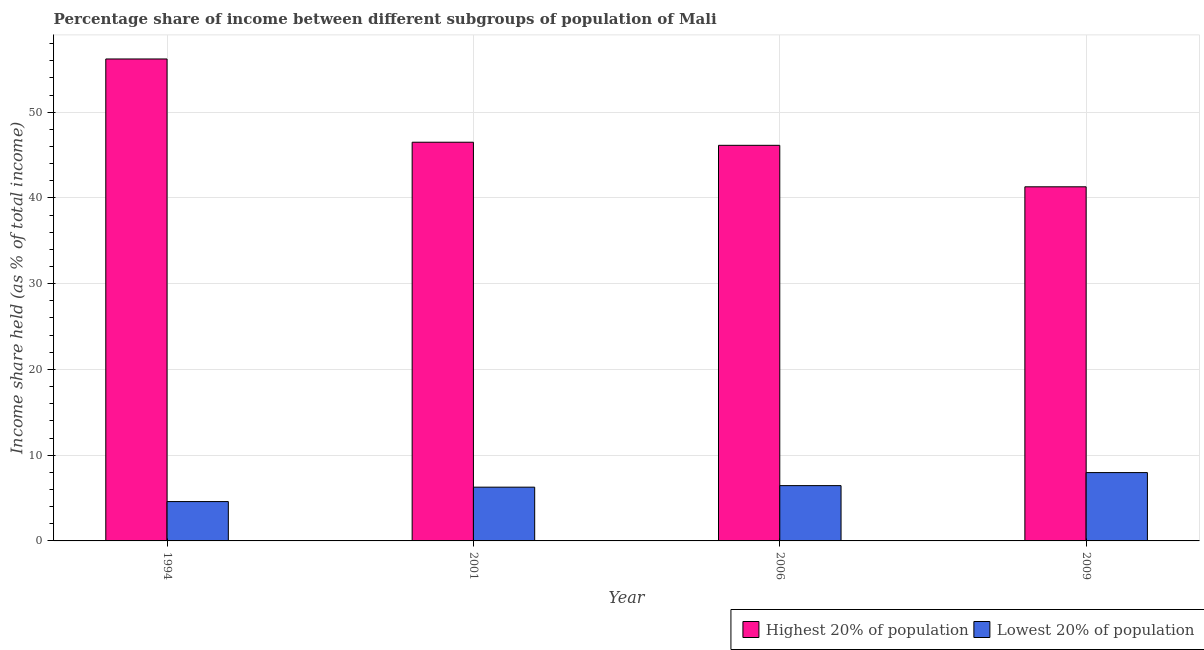
| Year | Highest 20% of population | Lowest 20% of population |
 | --- | --- | --- |
 | 1994 | 56.2 | 4.59 |
 | 2001 | 46.5 | 6.27 |
 | 2006 | 46.1 | 6.45 |
 | 2009 | 41.3 | 7.97 |